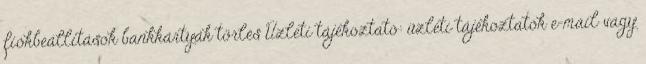
fiókbeállítások bankkártyák törlés Üzleti tájékoztató: üzleti tájékoztatók e-mail vagy